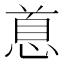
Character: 𪬐